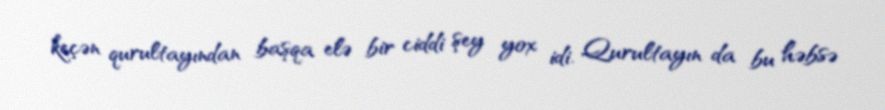
keçən qurultayından başqa elə bir ciddi şey yox idi. Qurultayın da bu həbsə